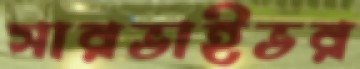
সারভাইভর